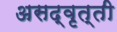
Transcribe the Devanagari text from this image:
असद्वृत्ती